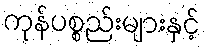
ကုန်ပစ္စည်းများနှင့်